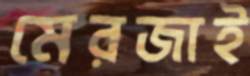
মেরজাই